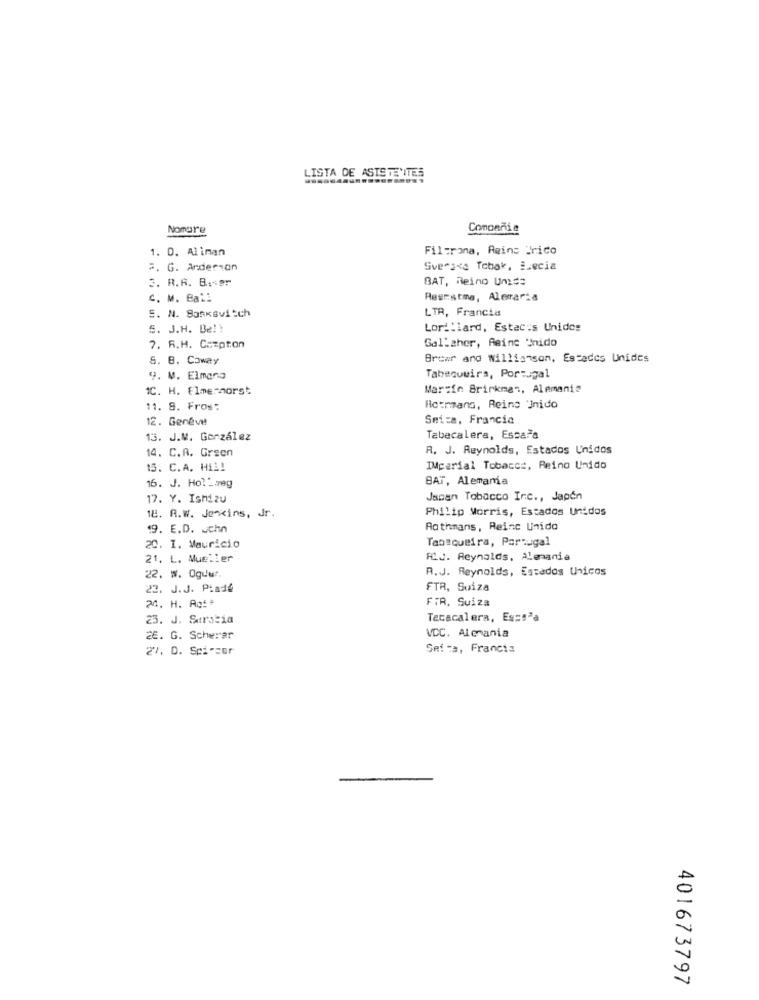
LISTA DE ASTSTE'ITES
Nomore
Compañia
1. D. Aliman
Filtrona, Aeins Trico
#. G. Anderson
Svergis Tobak, i.ecia
3. R.R. B.sør
BAT, Reino Unids
C. M. Ball
Rescstma, Alevaria
5. N. Sasksvitch
LTA, Francia
S. J.H. Be !!
Lorillard, Estac:s Unidos
Gal:gher, Aeine "nido
7. R.H. Compton
8. 8. Coway
Brcar and williamson, Estados Unidos
y. M. Elmana
Tabaqueira, Portugal
1C. H. Elmerhorst
Martin Brinkman, Alemania
11. 9. Fros:
Hotrmans, Reino Unido
12. Geneve
Setza, Francia
13. J.M. González
Tabacalera, Escala
14. C.A. Green
R. J. Reynolds, Estados Unidos
15. C.A. H12!
IMparial Tobacce, Reino Unido
BAT, Alemama
16. J. Hol'weg
17. Y. Ishizu
Japan Tobacco Inc ., Japón
18. R.W. Jenkins, Jr.
Philip Morris, Estados Unidos
19. E.D. ucho
Rothmans, Reino Unido
Tansqueira, Portugal
20. 1. Mauricio
21. L. Mueller
FLJ. Reynolds, Alemania
A.J. Reynolds, Estados Uicos
22. w. Oguur.
22. J.J. Piade
FTR, Suiza
24. H. Agf #
FTR, Suiza
23. J. Surs:ia
Tecacalera, Esse"a
2E. G. Scherar
VCC. Alcania
27, D. Spi-cer
Sei za, Francia
401673797